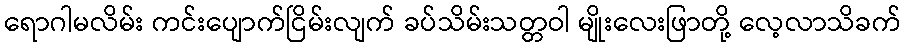
ရောဂါမလိမ်း ကင်းပျောက်ငြိမ်းလျက် ခပ်သိမ်းသတ္တဝါ မျိုးလေးဖြာတို့ လေ့လာသိခက်